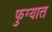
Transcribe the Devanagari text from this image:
फुग्यात